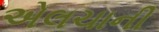
એલચાની